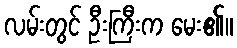
လမ်းတွင် ဦးကြီးက မေး၏။